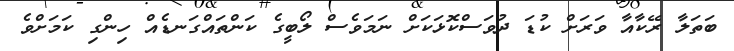
ބަތަލާ ރޭކާއާ ވަރަށް ކުޑަ ދުވަސްކޮޅަކަށް ނަމަވެސް ލޯބީގެ ކަންތައްގަނޑެއް ހިންގި ކަމަށްވެ